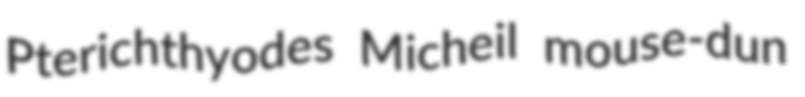
Pterichthyodes Micheil mouse-dun